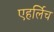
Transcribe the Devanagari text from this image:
एहर्लिच